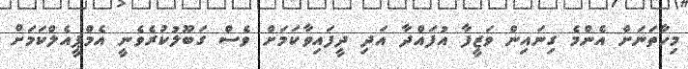
މިހާތަނަށް އެންމެ ގިނައިން ވަޒީފާ އުފައްދާ އަދި ދީފައިވާކަމަށް ވެސް ގަބޫލުކުރެވެނީ އެމްޕީއެލްކަމަށް